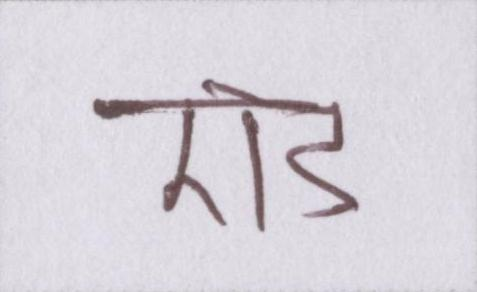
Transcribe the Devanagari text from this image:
एड